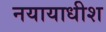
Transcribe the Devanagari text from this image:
नयायाधीश